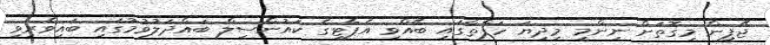
ޖޭޕީން މިގޮތަށް ނިންމީ މިދިޔަ ހަފްތާގައި ބޭއްވި އެޕާޓީގެ ކައުންސިލް ބައްދަލުވުމުގައި ބައިވެރިވި